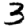
Digit: 3